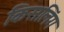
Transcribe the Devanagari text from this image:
किसलिंग